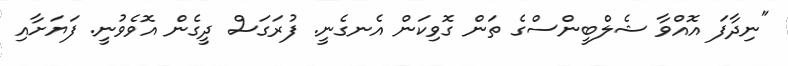
"ނިދާފަ އޮއްވާ ޝެލްބީންސްގެ ތަން ގޮވިކަން އެނގެނީ. ފުރަގަސް ދީގެން އޮވެވުނީ. ފަޔަށާއި